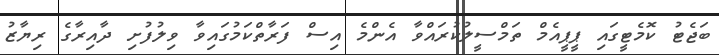
ބަޖެޓު ކޮމެޓީގައި ޕީޕީއެމް ތަމްސީލުކުރައްވާ އެންމެ އިސް ފަރާތްކަމުގައިވާ ވިލުފުށި ދާއިރާގެ ރިޔާޒު